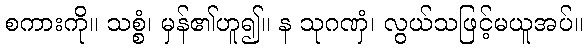
စကားကို။ သစ္စံ၊ မှန်၏ဟူ၍။ န သုဂဏှံ၊ လွယ်သဖြင့်မယူအပ်။